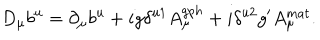
D _ { \mu } b ^ { u } = \partial _ { \mu } b ^ { u } + i g \delta ^ { u 1 } A _ { \mu } ^ { g p h } + i \delta ^ { u 2 } g ^ { \prime } A _ { \mu } ^ { m a t } .